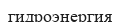
гидроэнергия